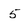
Character: 5